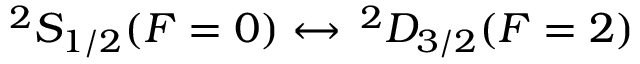
{ } ^ { 2 } S _ { 1 / 2 } ( F = 0 ) \leftrightarrow \, { } ^ { 2 } D _ { 3 / 2 } ( F = 2 )